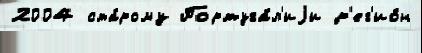
2004 ста́рому Португа́л'иjи р'ег'ио́н